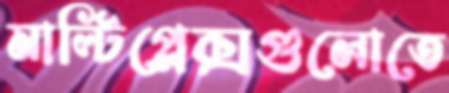
মাল্টিপ্লেক্সগুলোতে